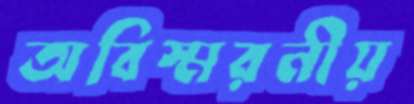
অবিস্মরনীয়